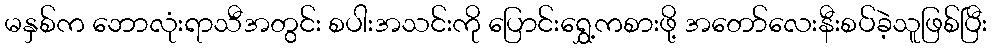
မနှစ်က ဘောလုံးရာသီအတွင်း စပါးအသင်းကို ပြောင်းရွှေ့ကစားဖို့ အတော်လေးနီးစပ်ခဲ့သူဖြစ်ပြီး